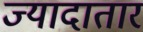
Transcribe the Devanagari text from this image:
ज्यादातार